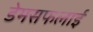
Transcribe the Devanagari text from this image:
डेमसफलाई